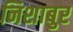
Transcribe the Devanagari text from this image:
निशाबुर